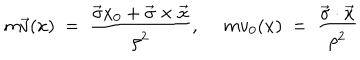
LaTeX: m \vec { v } ( x ) ~ = ~ \frac { \vec { \sigma } x _ { 0 } + \vec { \sigma } \times \vec { x } } { \rho ^ { 2 } } , ~ ~ m v _ { 0 } ( x ) ~ = ~ \frac { \vec { \sigma } \cdot \vec { x } } { \rho ^ { 2 } }